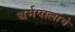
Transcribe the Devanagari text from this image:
धर्मपालाचे